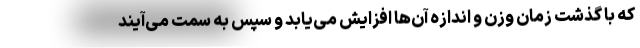
که با گذشت زمان وزن و اندازه آن‌ها افزایش می‌یابد و سپس به سمت می‌آیند